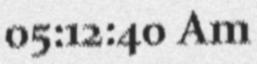
05:12:40 Am